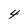
Character: 4